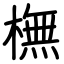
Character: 橅